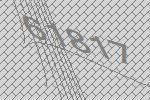
61817